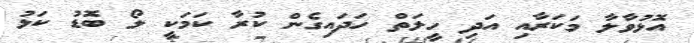
އޮޅުވާލާ މަަކަރާއި އަދި ހީލަތް ހަދައިގެން ކުރާ ކަމަކީ ލޯ ބޮޑު ކަޅު